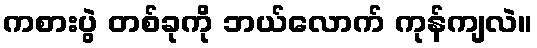
ကစားပွဲ တစ်ခုကို ဘယ်လောက် ကုန်ကျလဲ။